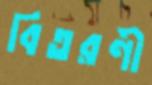
বিতরণী